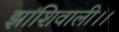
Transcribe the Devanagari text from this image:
झांशिवाली।।